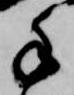
手